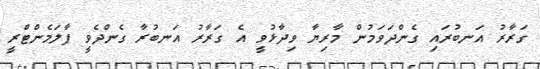
ގަރާރު އަނބުރައި ގެންދަވަމުން މާރިޔާ ވިދާޅުވީ އެ ގަރާރު އަނބުރާ ގެންދެވީ ޕާލަމެންޓްރީ